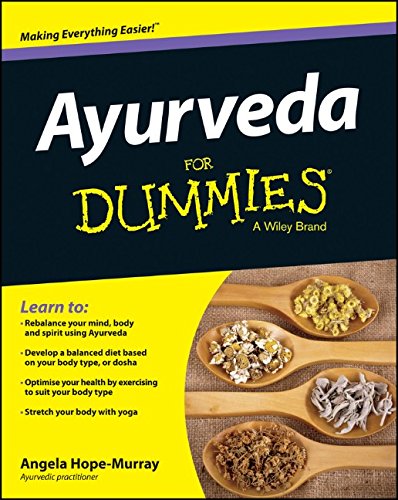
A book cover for Ayurveda For Dummies; Angela Hope Murray; Health, Fitness & Dieting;